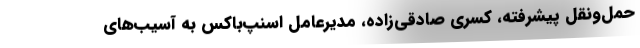
حمل‌و‌نقل پیشرفته، کسری صادقی‌زاده، مدیرعامل اسنپ‌باکس به آسیب‌های